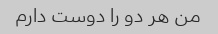
من هر دو را دوست دارم